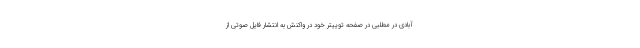
آبادی در مطلبی در صفحه توییتر خود در واکنش به انتشار فایل صوتی از